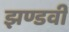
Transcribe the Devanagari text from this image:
झण्डवी